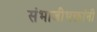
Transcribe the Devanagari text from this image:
संभाजीभक्तांनी